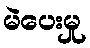
မဲပေးမှု